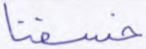
خسفنا